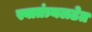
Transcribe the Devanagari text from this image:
स्वातंत्र्यलढेत